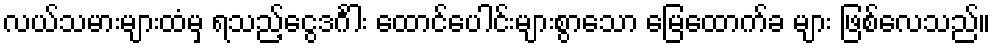
လယ်သမားများထံမှ ရသည့်ငွေဒင်္ဂါး ထောင်ပေါင်းများစွာသော မြေထောက်ခ များ ဖြစ်လေသည်။